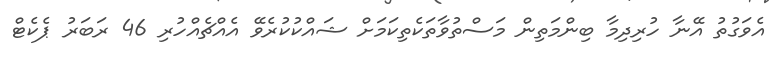
އެވަގުތު އޭނާ ހުރިދިމާ ބިންމަތިން މަސްތުވާތަކެތިކަމަށް ޝައްކުކުރެވޭ އެއްޗެއްހުރި 46 ރަބަރު ޕެކެޓް